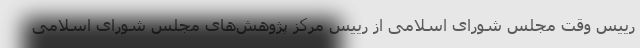
رییس وقت مجلس شورای اسلامی از رییس مرکز پژوهش‌های مجلس شورای اسلامی